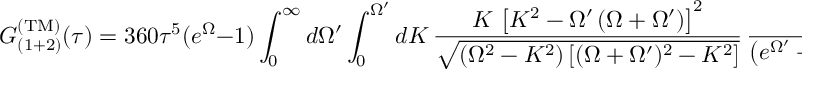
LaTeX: G _ { ( 1 + 2 ) } ^ { \mathrm { ( T M ) } } ( \tau ) = 3 6 0 \tau ^ { 5 } ( e ^ { \Omega } - 1 ) \int _ { 0 } ^ { \infty } d \Omega ^ { \prime } \int _ { 0 } ^ { \Omega ^ { \prime } } d K \, \frac { K \, \left[ K ^ { 2 } - \Omega ^ { \prime } \left( \Omega + \Omega ^ { \prime } \right) \right] ^ { 2 } } { \sqrt { ( \Omega ^ { 2 } - K ^ { 2 } ) \left[ ( \Omega + \Omega ^ { \prime } ) ^ { 2 } - K ^ { 2 } \right] } } \, \frac { e ^ { \Omega ^ { \prime } } } { \left( e ^ { \Omega ^ { \prime } } - 1 \right) \left( e ^ { \Omega + \Omega ^ { \prime } } - 1 \right) } ,